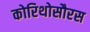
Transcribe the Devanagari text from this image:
कोरिथोसौरस